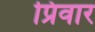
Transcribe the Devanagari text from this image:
प्रिवार